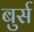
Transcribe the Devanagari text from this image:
बुर्स